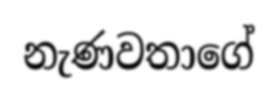
නැණවතාගේ